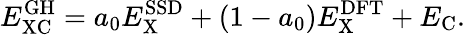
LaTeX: E_{\mathrm{XC}}^{\mathrm{GH}}=a_{0}E_{\mathrm{X}}^{\mathrm{SSD}}+(1-a_{0})E_{\mathrm{X}}^{\mathrm{DFT}}+E_{\mathrm{C}}.